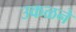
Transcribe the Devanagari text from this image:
उकळने